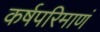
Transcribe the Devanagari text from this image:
कर्षपरिमाणं